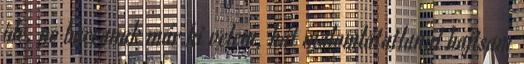
ide, ne baccanak már ki velem, hát malomlátatlanul hajtsam